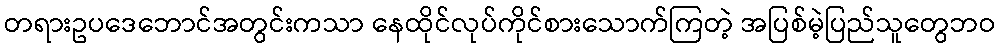
တရားဥပဒေဘောင်အတွင်းကသာ နေထိုင်လုပ်ကိုင်စားသောက်ကြတဲ့ အပြစ်မဲ့ပြည်သူတွေဘဝ